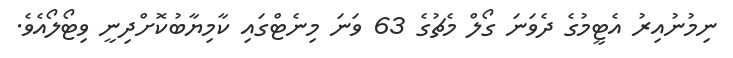
ނިމުނުއިރު އެޓީމުގެ ދެވަނަ ގޯލް މެޗުގެ 63 ވަނަ މިނެޓްގައި ކާމިޔާބުކޮށްދިނީ ވިޓޯލޯއެވެ.